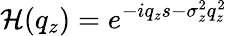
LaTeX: \mathcal{H}(q_{z})=e^{-iq_{z}s-\sigma_{z}^{2}q_{z}^{2}}